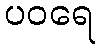
ပဝရေ